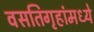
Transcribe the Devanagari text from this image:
वसतिगृहांमध्ये